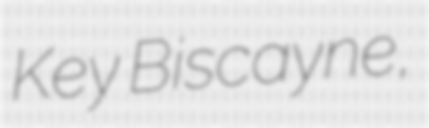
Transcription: Key Biscayne,